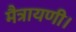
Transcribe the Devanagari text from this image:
मैत्रायणी।